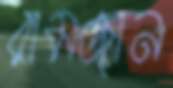
রামজান